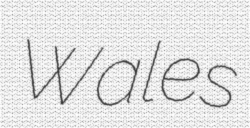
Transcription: Wales